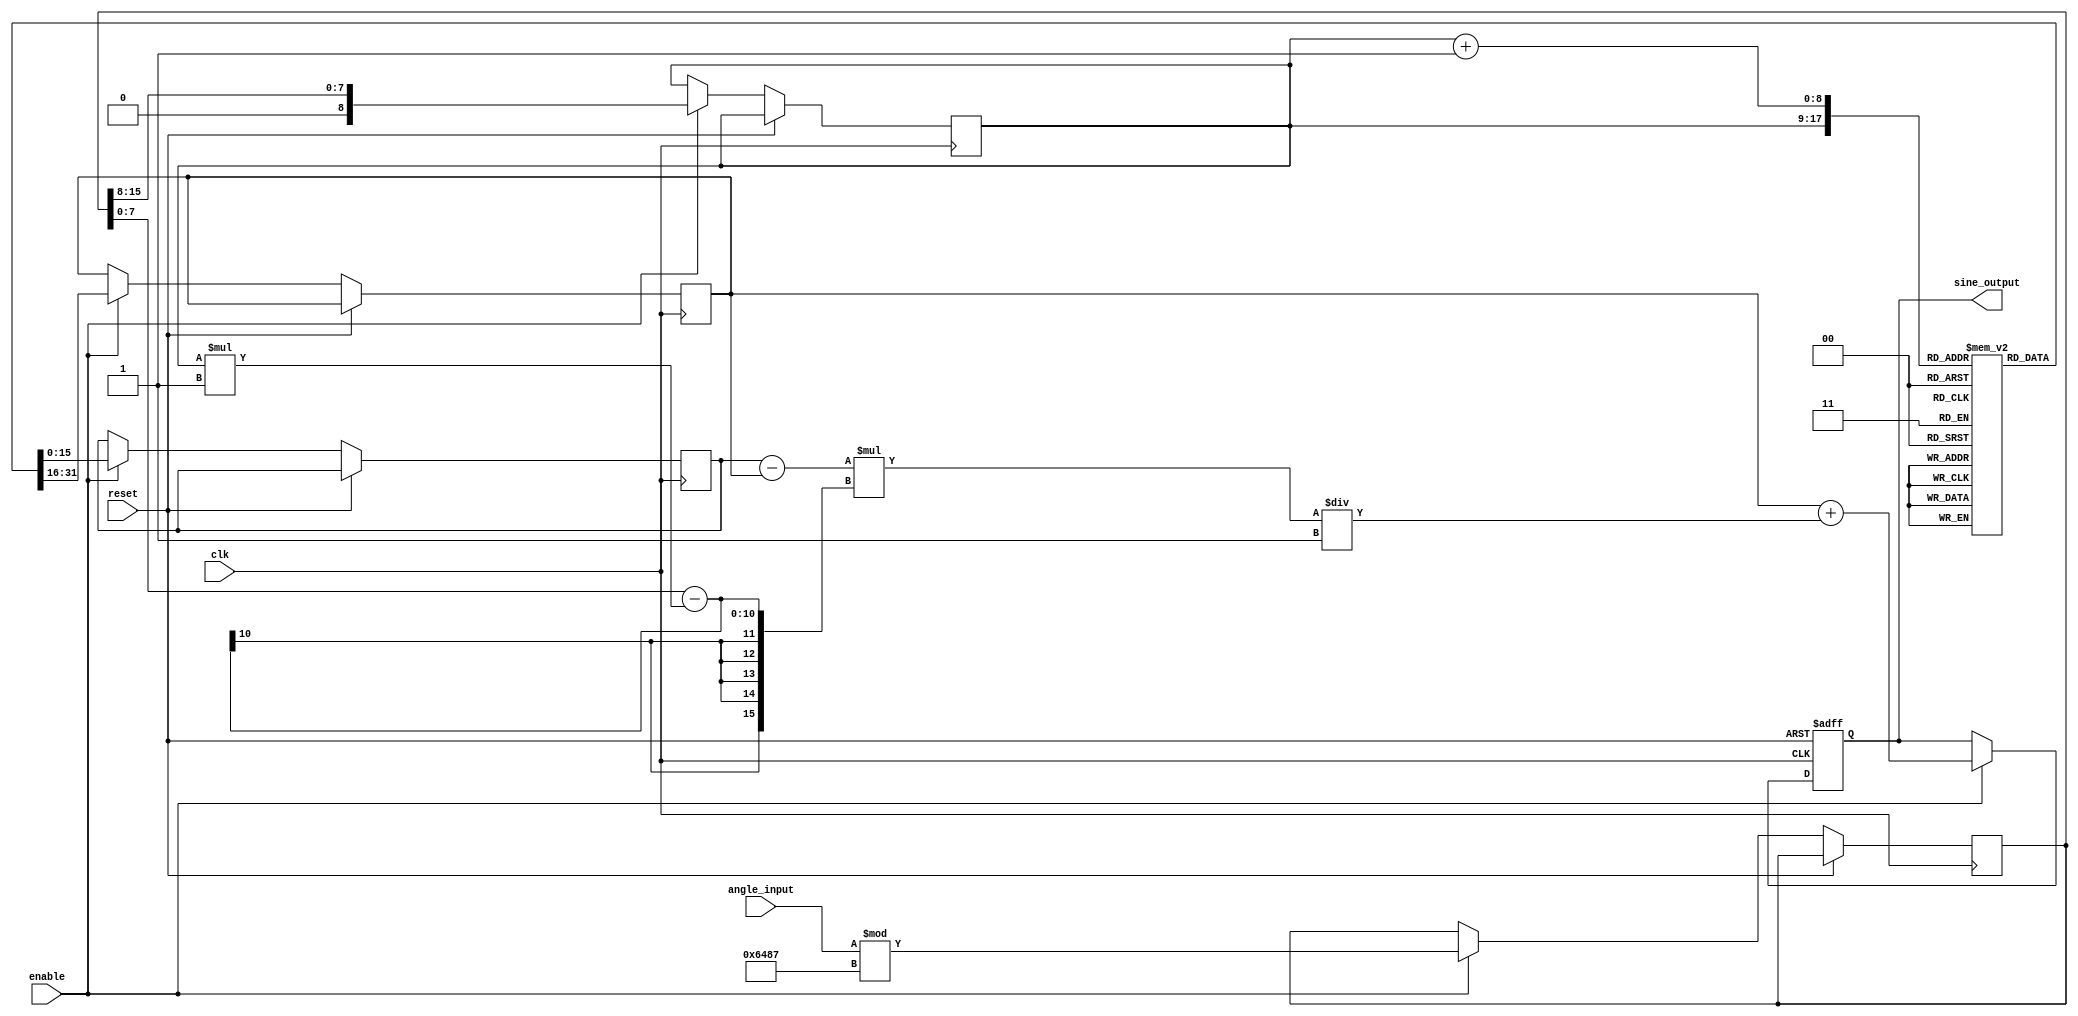
module sine_calculator (
    input wire clk,
    input wire reset,
    input wire enable,
    input wire [15:0] angle_input, // 16-bit fixed-point angle input
    output reg [15:0] sine_output   // 16-bit fixed-point sine output
);

    // Parameterization of the LUT size and angle resolution
    parameter LUT_SIZE = 360; // Assuming we have LUT for angles from 0 to 359 degrees
    parameter ANGLE_RESOLUTION = 16'h0001; // Increment of angle for LUT
    parameter PI = 16'h3243; // Approx. fixed-point representation of 
    parameter TWO_PI = 16'h6487; // Approx. fixed-point representation of 2

    // Sine Lookup Table (16-bit fixed-point representation)
    reg [15:0] sine_lut [0:LUT_SIZE-1];

    initial begin
        // Initialize the LUT with pre-computed sine values (example values, should be filled with accurate ones)
        // sine_lut[i] = (sin(i * ANGLE_RESOLUTION *  / 180) * 32768) // For fixed-point scaling
        // Example initialization (only a few values shown):
        sine_lut[0] = 16'h0000;   // sin(0)
        sine_lut[90] = 16'h7FFF;  // sin(90)
        sine_lut[180] = 16'h0000; // sin(180)
        sine_lut[270] = 16'hBFFF; // sin(270)
        sine_lut[359] = 16'h0000; // sin(359)
        // Fill with valid sine values...
    end

    reg [15:0] angle_normalized;
    reg [8:0] lut_index; // 9 bits for LUT index
    reg [15:0] sine1, sine2;
    
    always @(posedge clk or posedge reset) begin
        if (reset) begin
            sine_output <= 16'h0000; // Reset output
        end else if (enable) begin
            // Normalize the angle to the range [0, 2)
            angle_normalized <= angle_input % (TWO_PI);

            // Calculate LUT index based on angle
            lut_index <= angle_normalized[15:8]; // Use the upper bits to index the LUT

            // Get sine values from the LUT
            sine1 <= sine_lut[lut_index];
            sine2 <= sine_lut[lut_index + 1];

            // Linear interpolation
            sine_output <= sine1 + ((sine2 - sine1) * (angle_normalized[7:0] - lut_index * ANGLE_RESOLUTION) / ANGLE_RESOLUTION);
        end
    end

endmodule